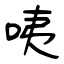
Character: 咦